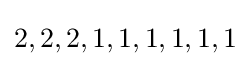
2,2,2,1,1,1,1,1,1